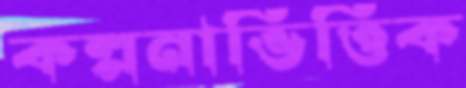
কল্পনাভিত্তিক